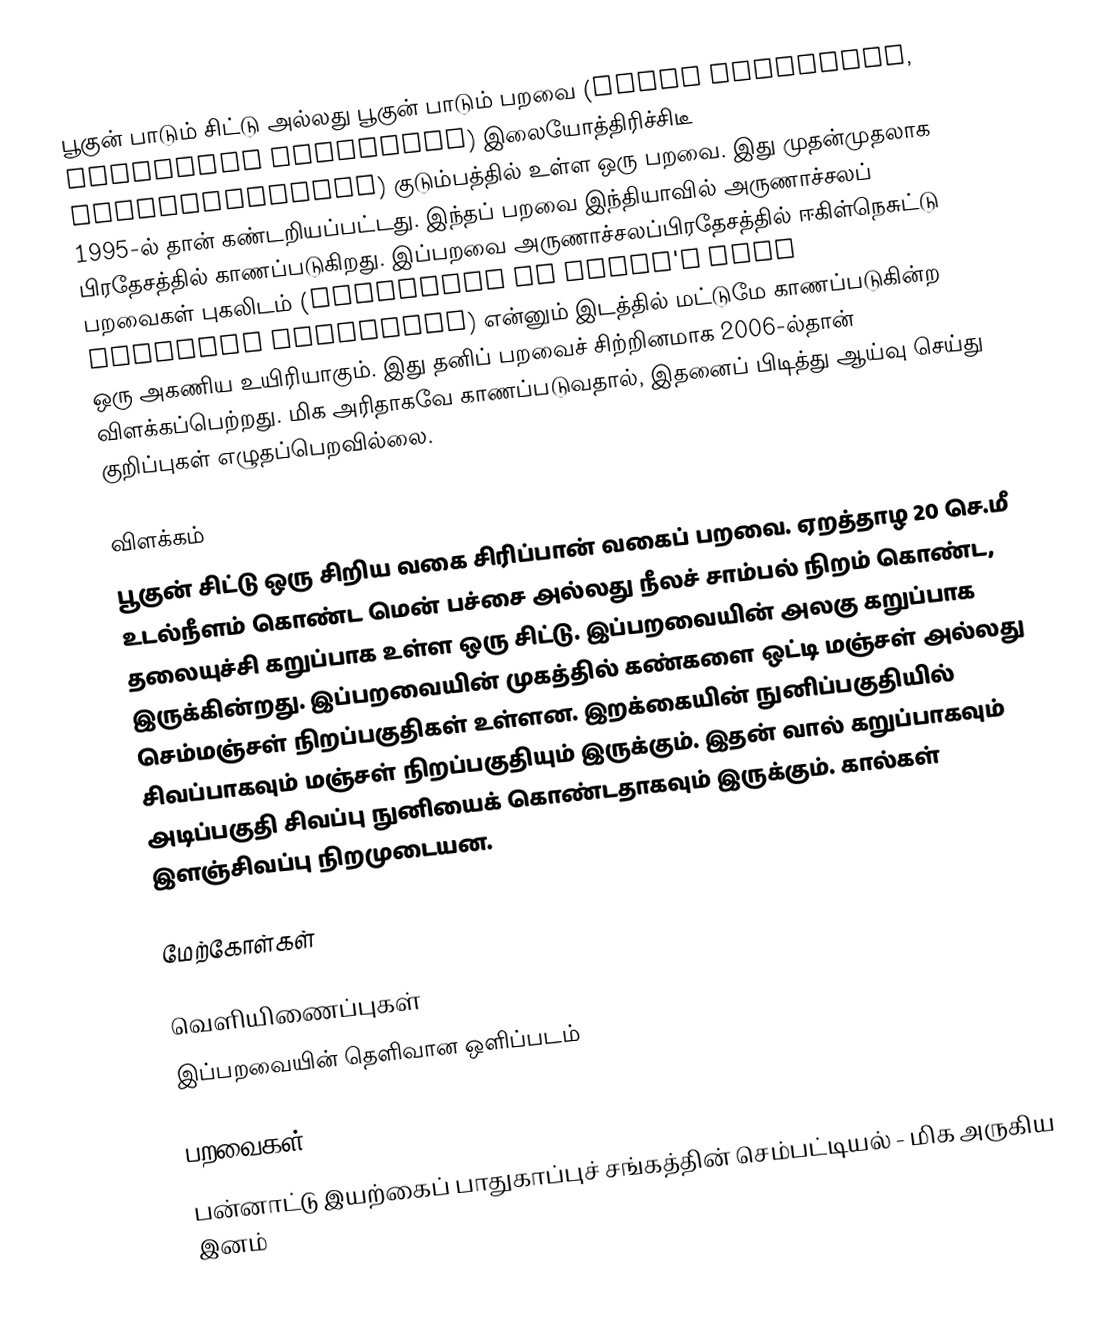
பூகுன் பாடும் சிட்டு அல்லது பூகுன் பாடும் பறவை (Bugun liocichla, Liocichla bugunorum) இலையோத்திரிச்சிடீ  Leiothrichidae) குடும்பத்தில் உள்ள ஒரு பறவை. இது முதன்முதலாக 1995-ல் தான் கண்டறியப்பட்டது. இந்தப் பறவை இந்தியாவில் அருணாச்சலப் பிரதேசத்தில் காணப்படுகிறது. இப்பறவை அருணாச்சலப்பிரதேசத்தில் ஈகிள்நெசுட்டு பறவைகள் புகலிடம் (Eaglenest or Eagle's Nest Wildlife Sanctuary) என்னும் இடத்தில் மட்டுமே காணப்படுகின்ற ஒரு அகணிய உயிரியாகும். இது  தனிப் பறவைச் சிற்றினமாக 2006-ல்தான் விளக்கப்பெற்றது.  மிக அரிதாகவே காணப்படுவதால், இதனைப் பிடித்து ஆய்வு செய்து குறிப்புகள் எழுதப்பெறவில்லை.

விளக்கம்
பூகுன் சிட்டு ஒரு சிறிய வகை சிரிப்பான் வகைப் பறவை. ஏறத்தாழ 20 செ.மீ உடல்நீளம் கொண்ட மென் பச்சை அல்லது நீலச் சாம்பல் நிறம் கொண்ட, தலையுச்சி கறுப்பாக உள்ள ஒரு சிட்டு. இப்பறவையின் அலகு கறுப்பாக இருக்கின்றது. இப்பறவையின்  முகத்தில் கண்களை ஒட்டி மஞ்சள் அல்லது செம்மஞ்சள் நிறப்பகுதிகள் உள்ளன. இறக்கையின்  நுனிப்பகுதியில் சிவப்பாகவும் மஞ்சள் நிறப்பகுதியும் இருக்கும். இதன் வால் கறுப்பாகவும் அடிப்பகுதி சிவப்பு நுனியைக் கொண்டதாகவும் இருக்கும். கால்கள் இளஞ்சிவப்பு நிறமுடையன.

மேற்கோள்கள்

வெளியிணைப்புகள்
இப்பறவையின் தெளிவான ஒளிப்படம்

பறவைகள்
பன்னாட்டு இயற்கைப் பாதுகாப்புச் சங்கத்தின் செம்பட்டியல் - மிக அருகிய இனம்